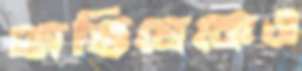
অভিষেকেও